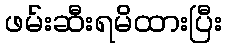
ဖမ်းဆီးရမိထားပြီး